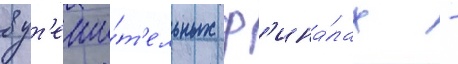
в ут'еши́т'ельных ф'ина́лах -